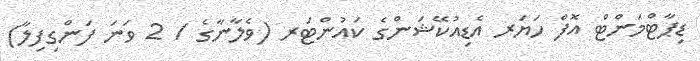
ޑިޕާޓްމަންޓް އޮފް ހަޔަރ އެޑިއުކޭޝަންގެ ކައުންޓަރ (ވެލާނާގެ / 2 ވަނަ ފަންގިފިލާ)